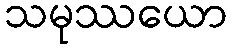
သမုဿယော